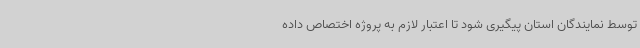
توسط نمایندگان استان پیگیری شود تا اعتبار لازم به پروژه اختصاص داده